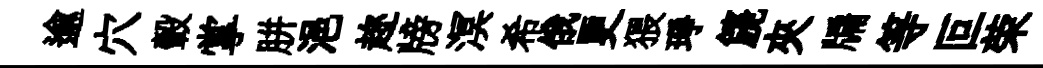
逾穴轂掌胼浥趂牓溟希俄更猥琤篪夾牖等叵荣